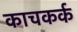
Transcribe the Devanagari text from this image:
काचकर्क